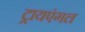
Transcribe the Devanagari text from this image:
ट्रायएंगल